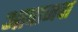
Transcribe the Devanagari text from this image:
आवाजचा